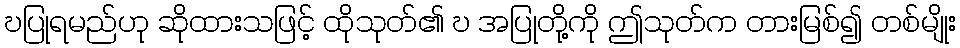
ဎပြုရမည်ဟု ဆိုထားသဖြင့် ထိုသုတ်၏ ဎ အပြုတို့ကို ဤသုတ်က တားမြစ်၍ တစ်မျိုး